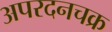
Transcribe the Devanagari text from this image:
अपरदनचक्र